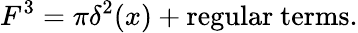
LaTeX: F^{3}=\pi\delta^{2}(x)+\mathrm{regular\ terms}.